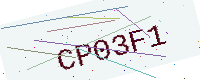
Text: CP03F1